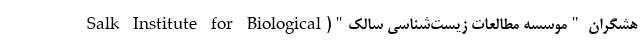
هشگران "موسسه مطالعات زیست‌شناسی سالک"(Salk Institute for Biological